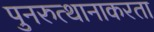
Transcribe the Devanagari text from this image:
पुनरुत्थानाकरता